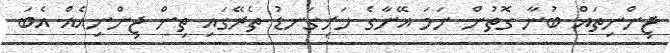
ޖިންނިތައް ބުނާ ގޮތުން ނަމަ އޭނާގެ ހަށިގަނޑު ތެރޭގައި ތިން ޖިންނިއެއް އެބަ